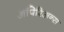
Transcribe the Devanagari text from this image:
अपिरिअन्स